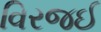
વિરજઈ